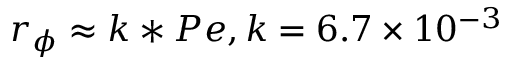
{ r _ { \phi } } \approx k * P e \mathrm { { } } , \mathrm { { } } k = 6 . 7 \times { 1 0 ^ { - 3 } }